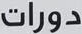
دورات